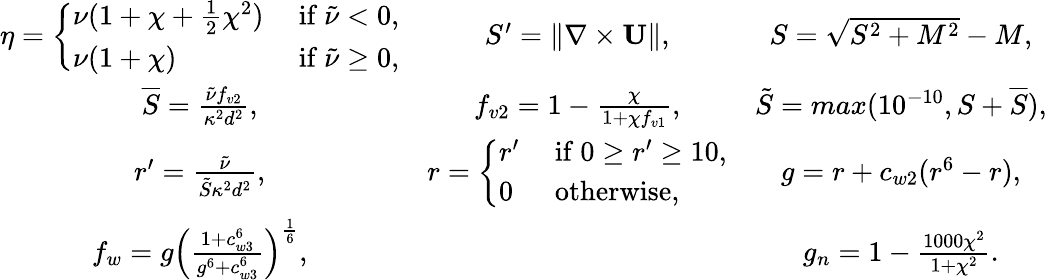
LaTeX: \begin{array}{ccc}{\eta=\left\{ \begin{array}{ll}{\nu(1+\chi+\frac{1}{2}\chi^{2})}&{\mathrm{~if~}\tilde{\nu}<0,}\\ {\nu(1+\chi)}&{\mathrm{~if~}\tilde{\nu}\geq 0,}\end{array}\right.}&{{S}^{\prime}=\left\| \nabla\times\mathbf{U}\right\| ,}&{{S}=\sqrt{{S}^{2}+M^{2}}-M,}\\ {\overline{{S}}=\frac{\tilde{\nu}f_{v2}}{\kappa^{2}d^{2}},}&{f_{v2}=1-\frac{\chi}{1+\chi f_{v1}},}&{\tilde{S}=max(10^{-10},S+\overline{{S}}),}\\ {{r}^{\prime}=\frac{\tilde{\nu}}{\tilde{S}\kappa^{2}d^{2}},}&{r=\left\{ \begin{array}{ll}{{r}^{\prime}}&{\mathrm{~if~}0\geq{r}^{\prime}\geq 10,}\\ {0}&{\mathrm{~otherwise,~}}\end{array}\right.}&{g=r+c_{w2}(r^{6}-r),}\\ {f_{w}=g\left(\frac{1+c_{w3}^{6}}{g^{6}+c_{w3}^{6}}\right)^{\frac{1}{6}},}&&{g_{n}=1-\frac{1000\chi^{2}}{1+\chi^{2}}.}\end{array}